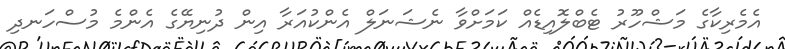
އެމެރިކާގެ މަޝްހޫރު ޓެބްލޮއިޑެއް ކަމަށްވާ ނެޝަނަލް އެންކުއަރާ އިން ދުނިޔޭގެ އެންމެ މުސްހަނދި